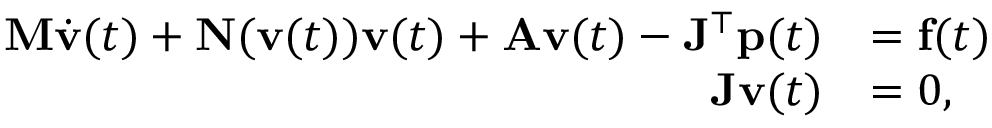
\begin{array} { r l } { \ensuremath { \mathbf { M } } \dot { \ensuremath { \mathbf { v } } } ( t ) + \ensuremath { \mathbf { N } } ( \ensuremath { \mathbf { v } } ( t ) ) \ensuremath { \mathbf { v } } ( t ) + \ensuremath { \mathbf { A } } \ensuremath { \mathbf { v } } ( t ) - \ensuremath { \mathbf { J } } ^ { \top } \ensuremath { \mathbf { p } } ( t ) } & { = \ensuremath { \mathbf { f } } ( t ) } \\ { \ensuremath { \mathbf { J } } \ensuremath { \mathbf { v } } ( t ) } & { = 0 , } \end{array}